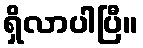
ရှိလာပါပြီ။